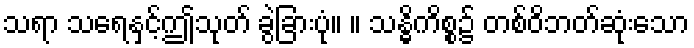
သရာ သရေနှင့်ဤသုတ် ခွဲခြားပုံ။ ။ သန္ဓိကိစ္စ၌ တစ်ဝိဘတ်ဆုံးသော